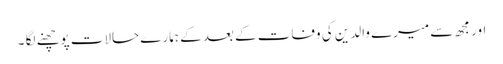
اور مجھ سے میرے والدین کی وفات کے بعد کے ہمارے حالات پوچھنے لگا ۔